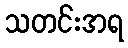
သတင်းအရ